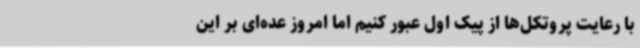
با رعایت پروتکل‌ها از پیک اول عبور کنیم‌ اما امروز عده‌ای بر این